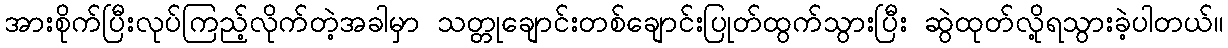
အားစိုက်ပြီးလုပ်ကြည့်လိုက်တဲ့အခါမှာ သတ္တုချောင်းတစ်ချောင်းပြုတ်ထွက်သွားပြီး ဆွဲထုတ်လို့ရသွားခဲ့ပါတယ်။